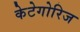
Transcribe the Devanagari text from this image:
केटेगोरिज